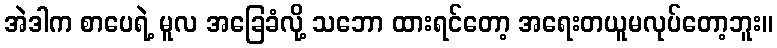
အဲဒါက စာပေရဲ့ မူလ အခြေခံလို့ သဘော ထားရင်တော့ အရေးတယူမလုပ်တော့ဘူး။